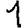
Digit: 1